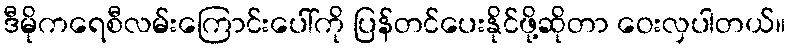
ဒီမိုကရေစီလမ်းကြောင်းပေါ်ကို ပြန်တင်ပေးနိုင်ဖို့ဆိုတာ ဝေးလှပါတယ်။